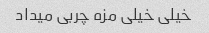
خیلی خیلی مزه چربی میداد